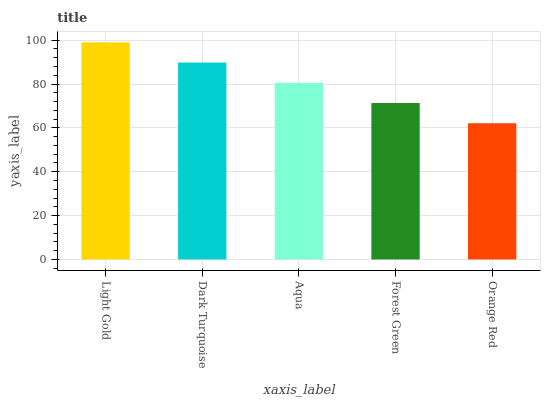
| xaxis_label | bars |
 | --- | --- |
 | Light Gold | 99 |
 | Dark Turquoise | 89.8 |
 | Aqua | 80.6 |
 | Forest Green | 71.3 |
 | Orange Red | 62.1 |